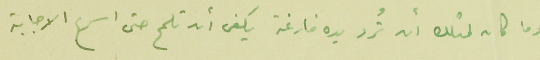
وما كان لمثلك أن تُرد يده فارغة يكفى أن تلمح حتى اسرع الاجابة